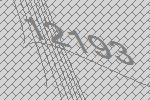
12193